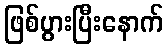
ဖြစ်ပွားပြီးနောက်